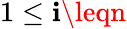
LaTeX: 1\leq\mathbf{i}\leqn